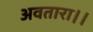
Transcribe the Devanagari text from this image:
अवतारा।।